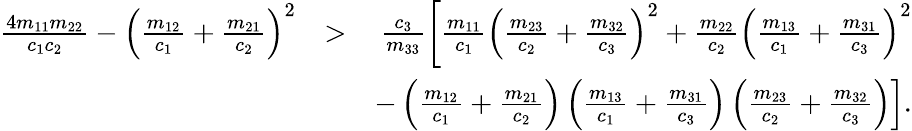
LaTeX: \begin{array}{rlr}{\frac{4m_{11}m_{22}}{c_{1}c_{2}}-\left(\frac{m_{12}}{c_{1}}+\frac{m_{21}}{c_{2}}\right)^{2}}&{>}&{\frac{c_{3}}{m_{33}}\left[\frac{m_{11}}{c_{1}}\left(\frac{m_{23}}{c_{2}}+\frac{m_{32}}{c_{3}}\right)^{2}+\frac{m_{22}}{c_{2}}\left(\frac{m_{13}}{c_{1}}+\frac{m_{31}}{c_{3}}\right)^{2}\right.}\\ &{}&{\left.-\left(\frac{m_{12}}{c_{1}}+\frac{m_{21}}{c_{2}}\right)\left(\frac{m_{13}}{c_{1}}+\frac{m_{31}}{c_{3}}\right)\left(\frac{m_{23}}{c_{2}}+\frac{m_{32}}{c_{3}}\right)\right].}\end{array}